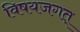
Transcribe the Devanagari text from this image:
विषयजगत्